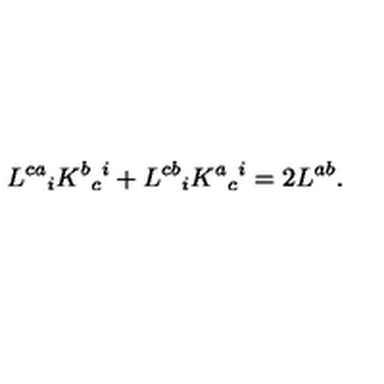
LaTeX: L ^ { c a } { } _ { i } K ^ { b } { } _ { c } { } ^ { i } + L ^ { c b } { } _ { i } K ^ { a } { } _ { c } { } ^ { i } = 2 L ^ { a b } .